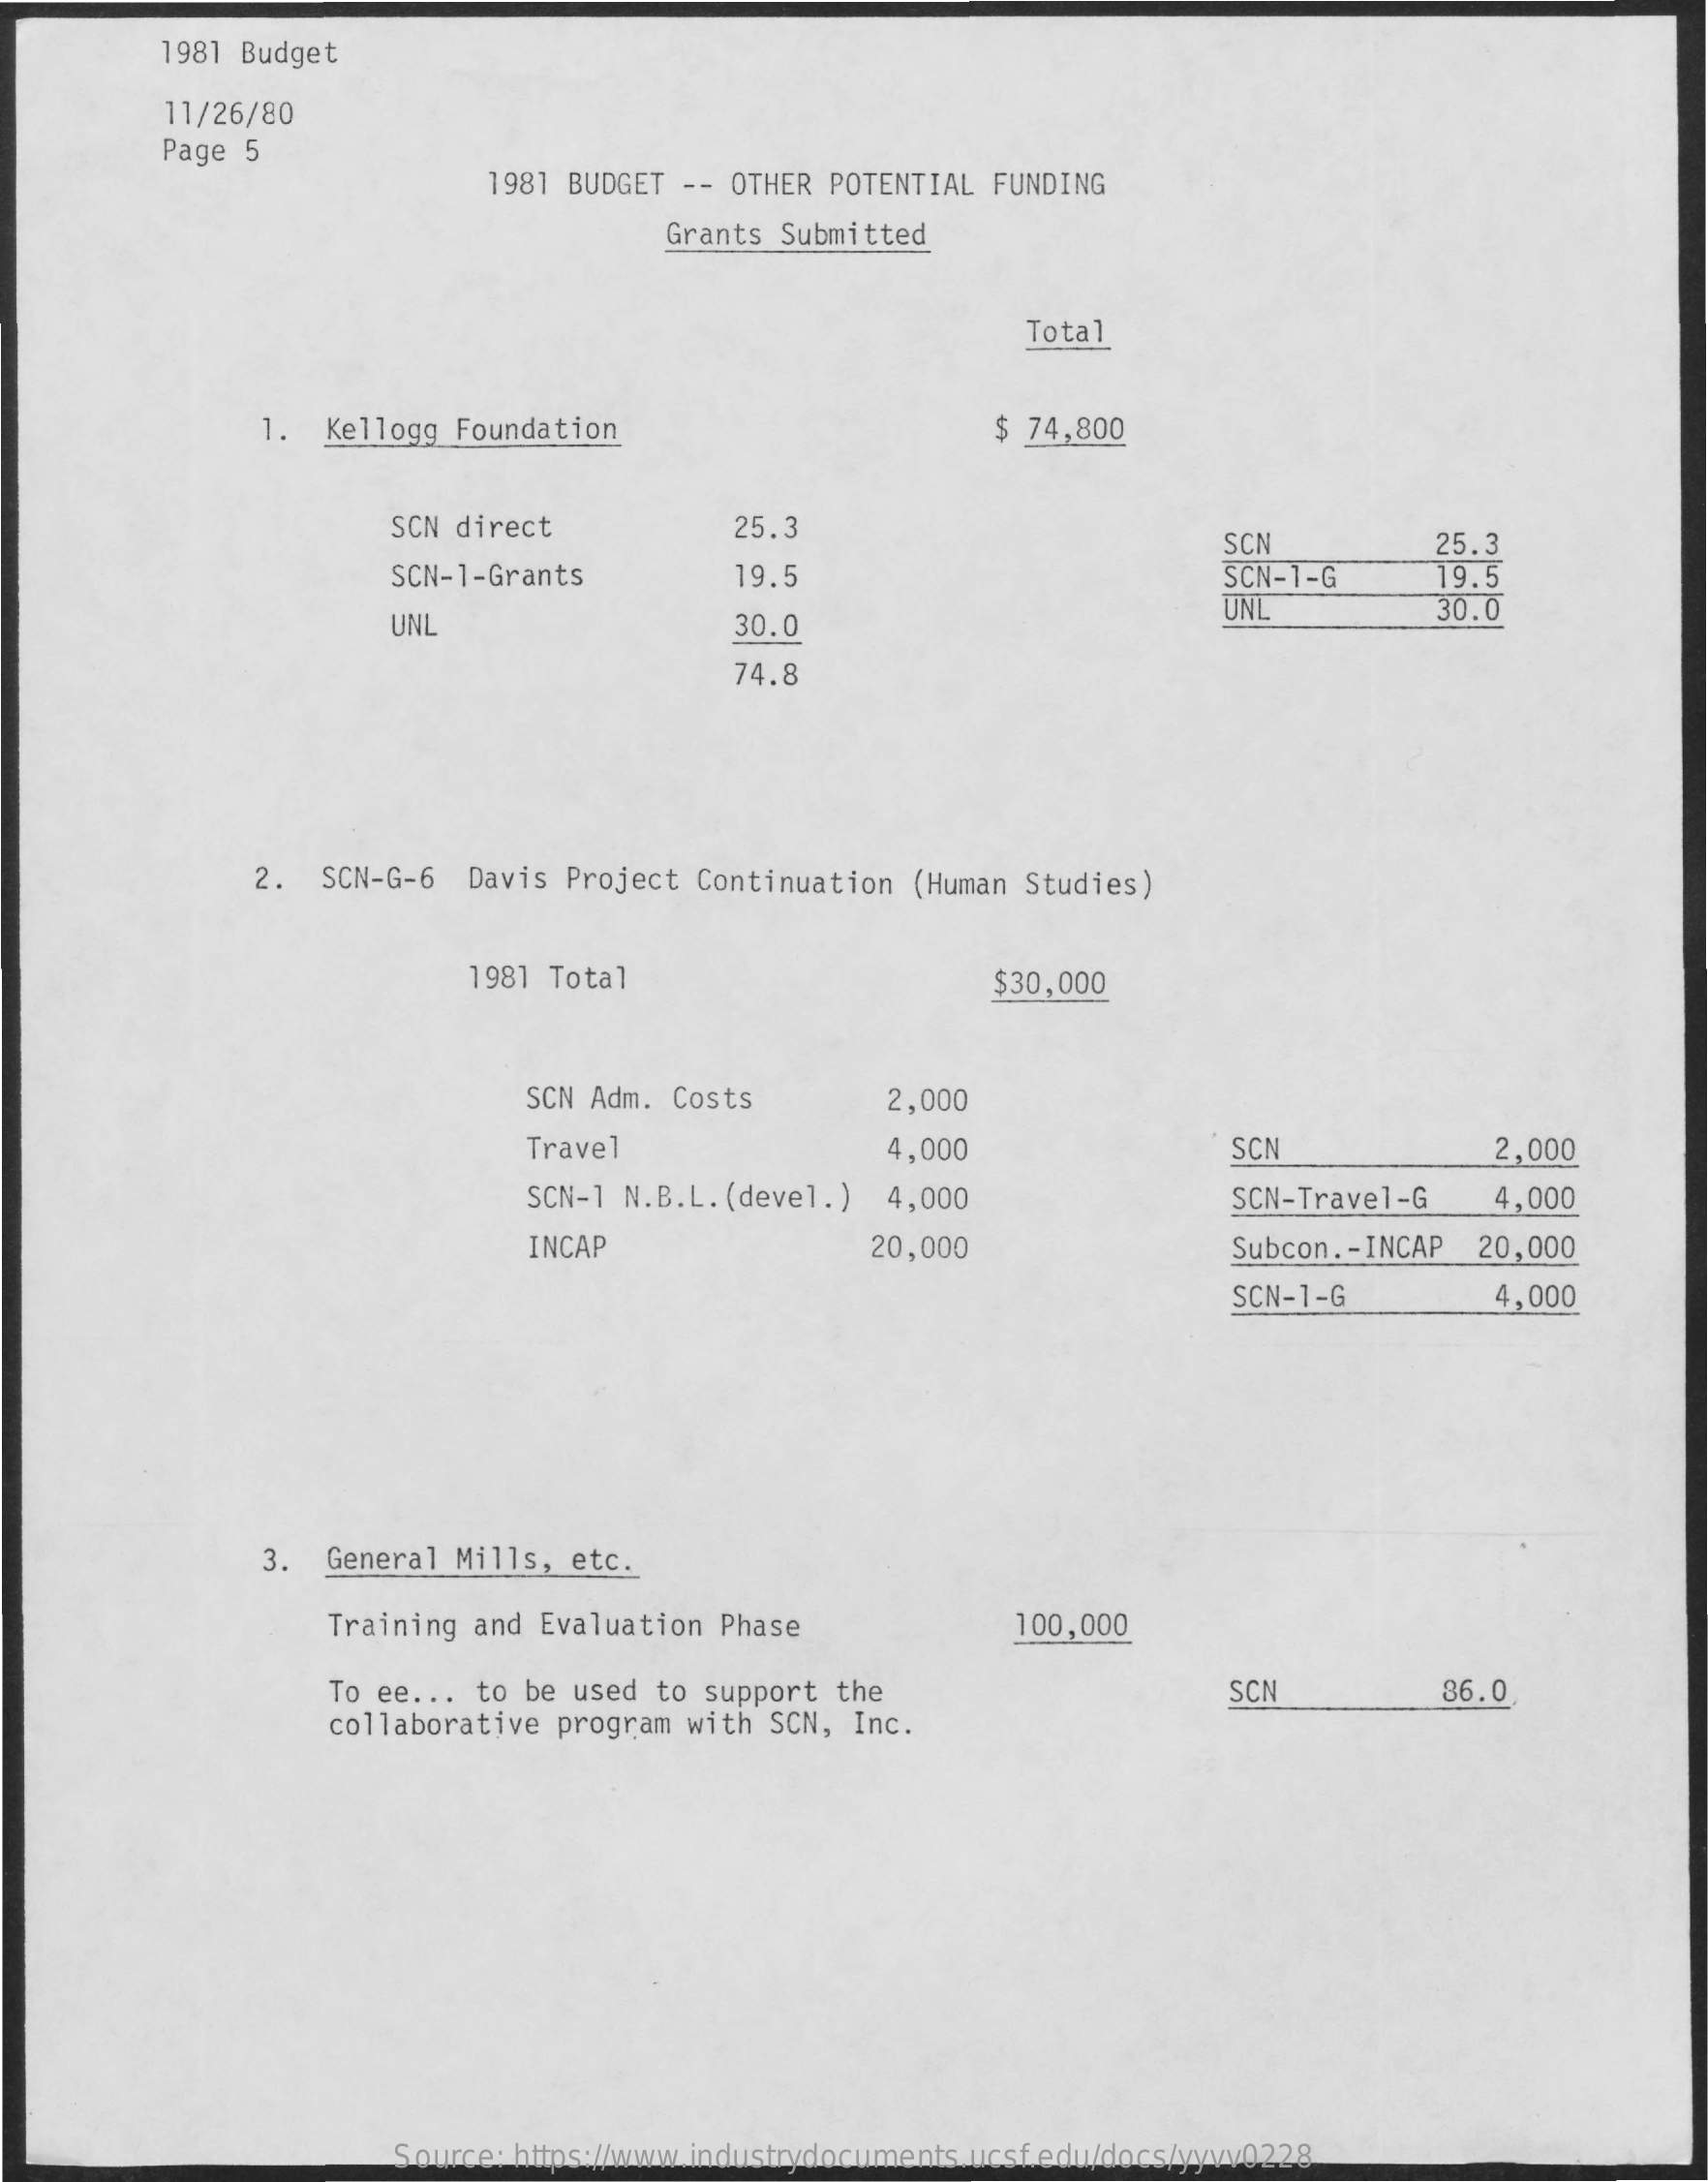
1981 Budget
     11/26/80
     Page 5
     1981 BUDGET  -- OTHER POTENTIAL  FUNDING
     Grants Submitted
     Total
     1.  Kellogg Foundation    $ 74,800
     SCN direct    25.3
     SCN-1-Grants
     SCN    25.3
     19.5    SCN-1-G    19.5
     UNL    30.0
     UNL    30.0
     74.8
     2.  SCN-G-6  Davis Project  Continuation  (Human Studies)
     1981 Total    $30,000
     SCN Adm. Costs    2,000
     Travel    4,000    SC    2,000
     SCN-1 N.B.L. (devel.)  4,000    SCN-Travel-G    4,000
     INCAP    20,000    Subcon .- INCAP 20,000
     SCN-1-G    4,000
     3.  General Mills,  etc.
     Training and Evaluation Phase    100,000
     To ee ... to be used to support the    SCN    86.0
     collaborative program with  SCN, Inc.
     Source: https://www.industrydocuments.ucsf.edu/docs/yyvv0228